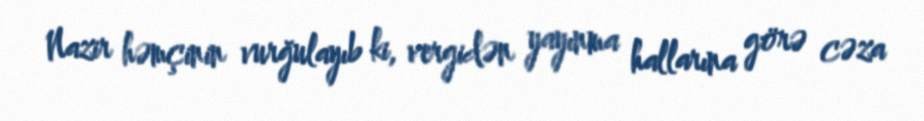
Nazir həmçinin vurğulayıb ki, vergidən yayınma hallarına görə cəza